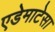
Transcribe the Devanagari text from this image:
एडेमाटेसा